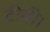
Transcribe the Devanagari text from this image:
टीवी।